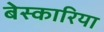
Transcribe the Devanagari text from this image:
बेस्कारिया